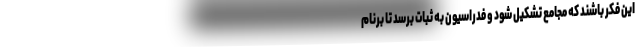
این فکر باشند که مجامع تشکیل شود و فدراسیون به ثبات برسد تا برنام